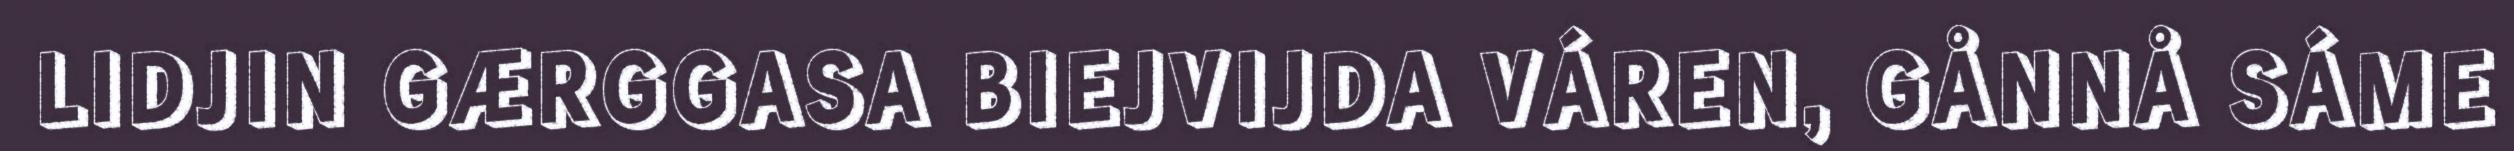
LIDJIN GÆRGGASA BIEJVIJDA VÁREN, GÅNNÅ SÁME